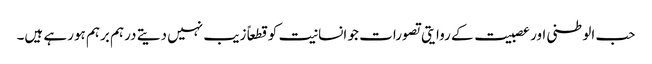
حب الوطنی اور عصبیت کے روایتی تصورات جو انسانیت کو قطعاً زیب نہیں دیتے درہم برہم ہورہے ہیں۔